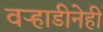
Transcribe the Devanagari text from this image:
वऱ्हाडीनेही